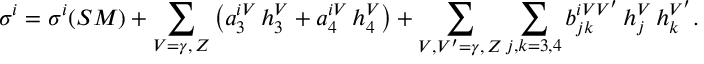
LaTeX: \sigma ^ { i } = \sigma ^ { i } ( S M ) + \sum _ { V = \gamma , \, Z } \left( a _ { 3 } ^ { i V } \, h _ { 3 } ^ { V } + a _ { 4 } ^ { i V } \, h _ { 4 } ^ { V } \right) + \sum _ { V , V ^ { \prime } = \gamma , \, Z } \sum _ { j , k = 3 , 4 } b _ { j k } ^ { i V V ^ { \prime } } \, h _ { j } ^ { V } \, h _ { k } ^ { V ^ { \prime } } .